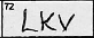
Transcription: LKV